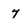
Character: 7